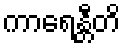
ကာရေန္တီတိ